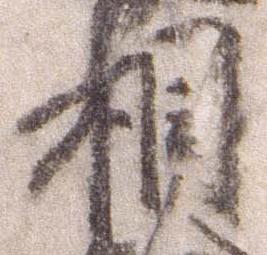
相